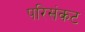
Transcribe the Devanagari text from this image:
परिसंकट